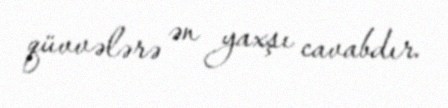
qüvvələrə ən yaxşı cavabdır.